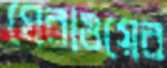
ঘেরাওয়ের